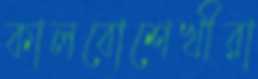
কালবোশেখীরা